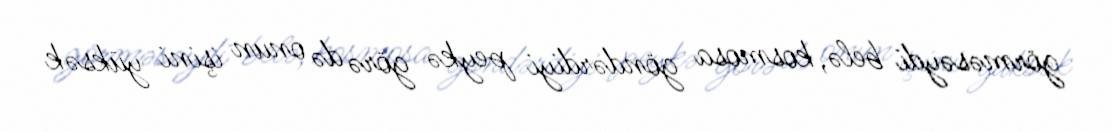
görməsəydi belə, kosmosa göndərdiyi peykə görə də onun işini yüksək